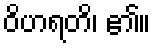
ဝိဟရတိ၊ ၏။